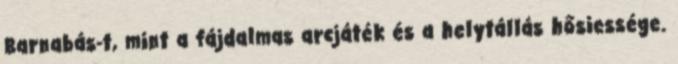
Barnabás-t, mint a fájdalmas arcjáték és a helytállás hősiessége.